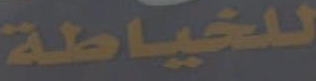
للخياطة